Civil Veterinary Dept. Bombay admin report 1923-31 - 1923-1931
Year: 1923
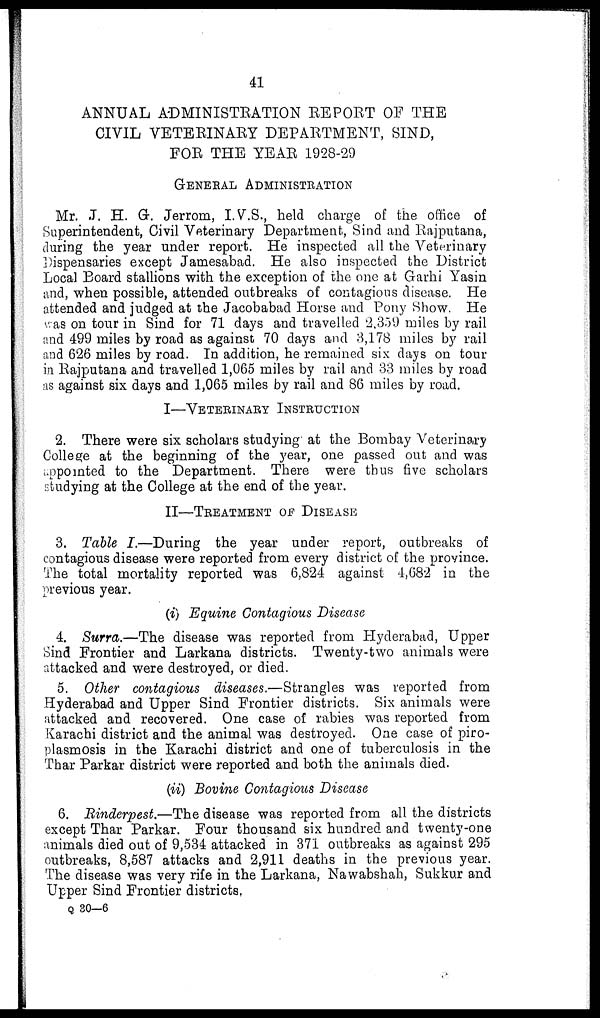
41
ANNUAL ADMINISTRATION REPORT OF THE
CIVIL VETERINARY DEPARTMENT, SIND,
FOR THE YEAR 1928-29
GENERAL ADMINISTRATION
Mr. J. H. G. Jerrom, I.V.S., held charge of the office of
Superintendent, Civil Veterinary Department, Sind and Rajputana,
during the year under report. He inspected all the Veterinary
Dispensaries except Jamesabad. He also inspected the District
Local Board stallions with the exception of the one at Garhi Yasin
and, when possible, attended outbreaks of contagious disease. He
attended and judged at the Jacobabad Horse and Pony Show. He
was on tour in Sind for 71 days and travelled 2,359 miles by rail
and 499 miles by road as against 70 days and 3,178 miles by rail
and 626 miles by road. In addition, he remained six days on tour
in Rajputana and travelled 1,065 miles by rail and 33 miles by road
as against six days and 1,065 miles by rail and 86 miles by road.
I—VETERINARY INSTRUCTION
2. There were six scholars studying at the Bombay Veterinary
College at the beginning of the year, one passed out and was
appointed to the Department. There were thus five scholars
studying at the College at the end of the year.
II—TREATMENT OF DISEASE
3. Table I.—During the year under report, outbreaks of
contagious disease were reported from every district of the province.
The total mortality reported was 6,824 against 4,682 in the
previous year.
(i) Equine Contagious Disease
4. Surra.—The disease was reported from Hyderabad, Upper
Sind Frontier and Larkana districts. Twenty-two animals were
attacked and were destroyed, or died.
5. Other contagious diseases.—Strangles was reported from
Hyderabad and Upper Sind Frontier districts. Six animals were
attacked and recovered. One case of rabies was reported from
Karachi district and the animal was destroyed. One case of piro-
plasmosis in the Karachi district and one of tuberculosis in the
Thar Parkar district were reported and both the animals died.
(ii) Bovine Contagious Disease
6. Rinderpest.—The disease was reported from all the districts
except Thar Parkar. Four thousand six hundred and twenty-one
animals died out of 9,534 attacked in 371 outbreaks as against 295
outbreaks, 8,587 attacks and 2,911 deaths in the previous year.
The disease was very rife in the Larkana, Nawabshah, Sukkur and
Upper Sind Frontier districts.
Q 30—6